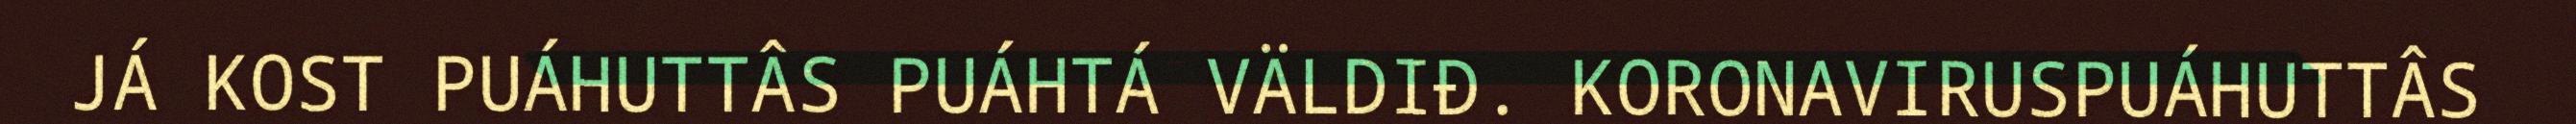
JÁ KOST PUÁHUTTÂS PUÁHTÁ VÄLDIĐ. KORONAVIRUSPUÁHUTTÂS